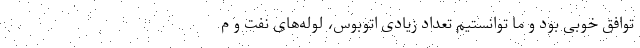
توافق خوبی بود و ما توانستیم تعداد زیادی اتوبوس، لوله‌های نفت و م